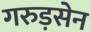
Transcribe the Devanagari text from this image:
गरुड़सेन